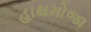
હાથમોજા